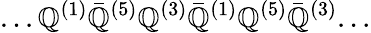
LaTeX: ...\mathbb{Q}^{(1)}{\bar{{\mathbb{Q}}}}^{(5)}\mathbb{Q}^{(3)}{\bar{{\mathbb{Q}}}}^{(1)}\mathbb{Q}^{(5)}{\bar{{\mathbb{Q}}}}^{(3)}...